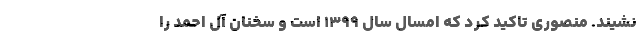
نشیند. منصوری تاکید کرد که امسال سالِ ۱۳۹۹ است و سخنان آل احمد را